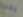
يجب